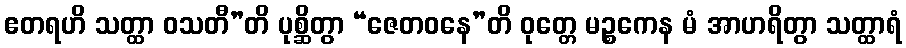
ဧတရဟိ သတ္ထာ ဝသတီ”တိ ပုစ္ဆိတွာ “ဇေတဝနေ”တိ ဝုတ္တေ မဉ္စကေန မံ အာဟရိတွာ သတ္ထာရံ